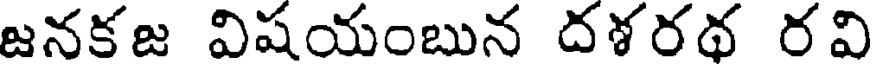
జనకజ విషయంబున దశరథ రవి